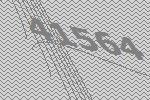
41564